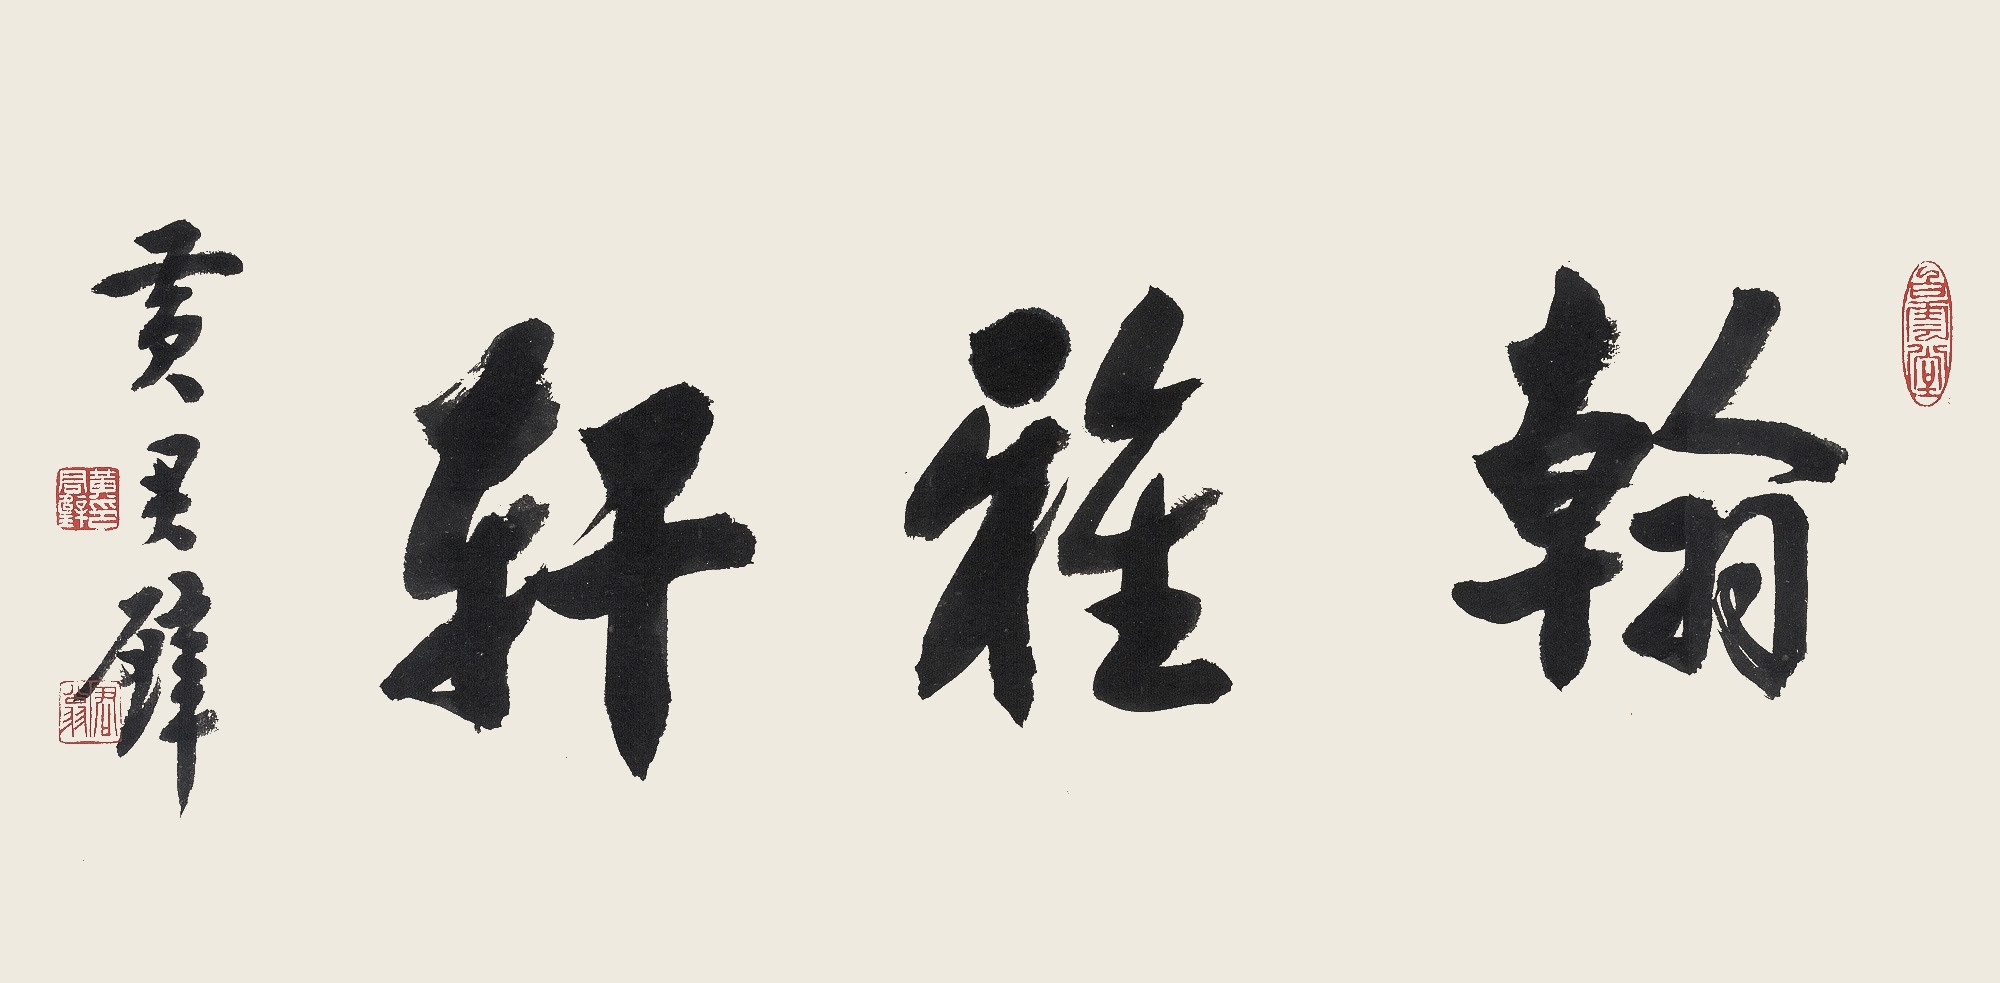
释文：翰雅轩黄君璧。